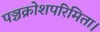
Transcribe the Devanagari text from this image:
पञ्चक्रोशपरिमिता।